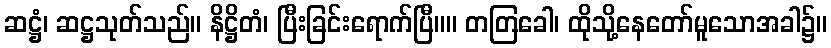
ဆဋ္ဌံ၊ ဆဋ္ဌသုတ်သည်။ နိဋ္ဌိတံ၊ ပြီးခြင်းရောက်ပြီ။။ တတြခေါ၊ ထိုသို့နေတော်မူသောအခါ၌။